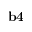
{ \bf b 4 }